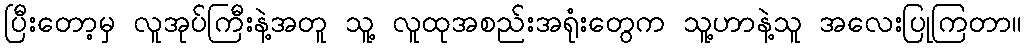
ပြီးတော့မှ လူအုပ်ကြီးနဲ့အတူ သူ့ လူထုအစည်းအရုံးတွေက သူ့ဟာနဲ့သူ အလေးပြုကြတာ။